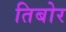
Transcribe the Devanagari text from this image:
तिबोर